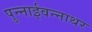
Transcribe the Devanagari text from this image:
पुन्नाईवन्नाथर